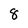
Character: 8